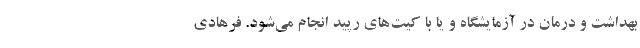
بهداشت و درمان در آزمایشگاه‌ و یا با کیت‌های رپید انجام می‌شود. فرهادی